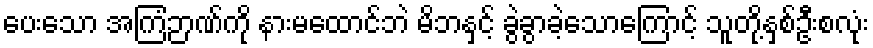
ပေးသော အကြံဉာဏ်ကို နားမထောင်ဘဲ မိဘနှင့် ခွဲခွာခဲ့သောကြောင့် သူတို့နှစ်ဦးစလုံး